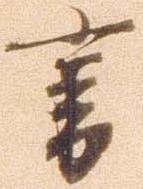
書